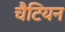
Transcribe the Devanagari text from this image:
चैटियन